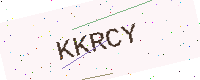
Text: KKRCY